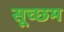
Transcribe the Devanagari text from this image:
सूच्‍छम